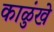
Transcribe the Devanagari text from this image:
काळुंखे